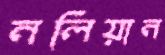
নলিয়ান